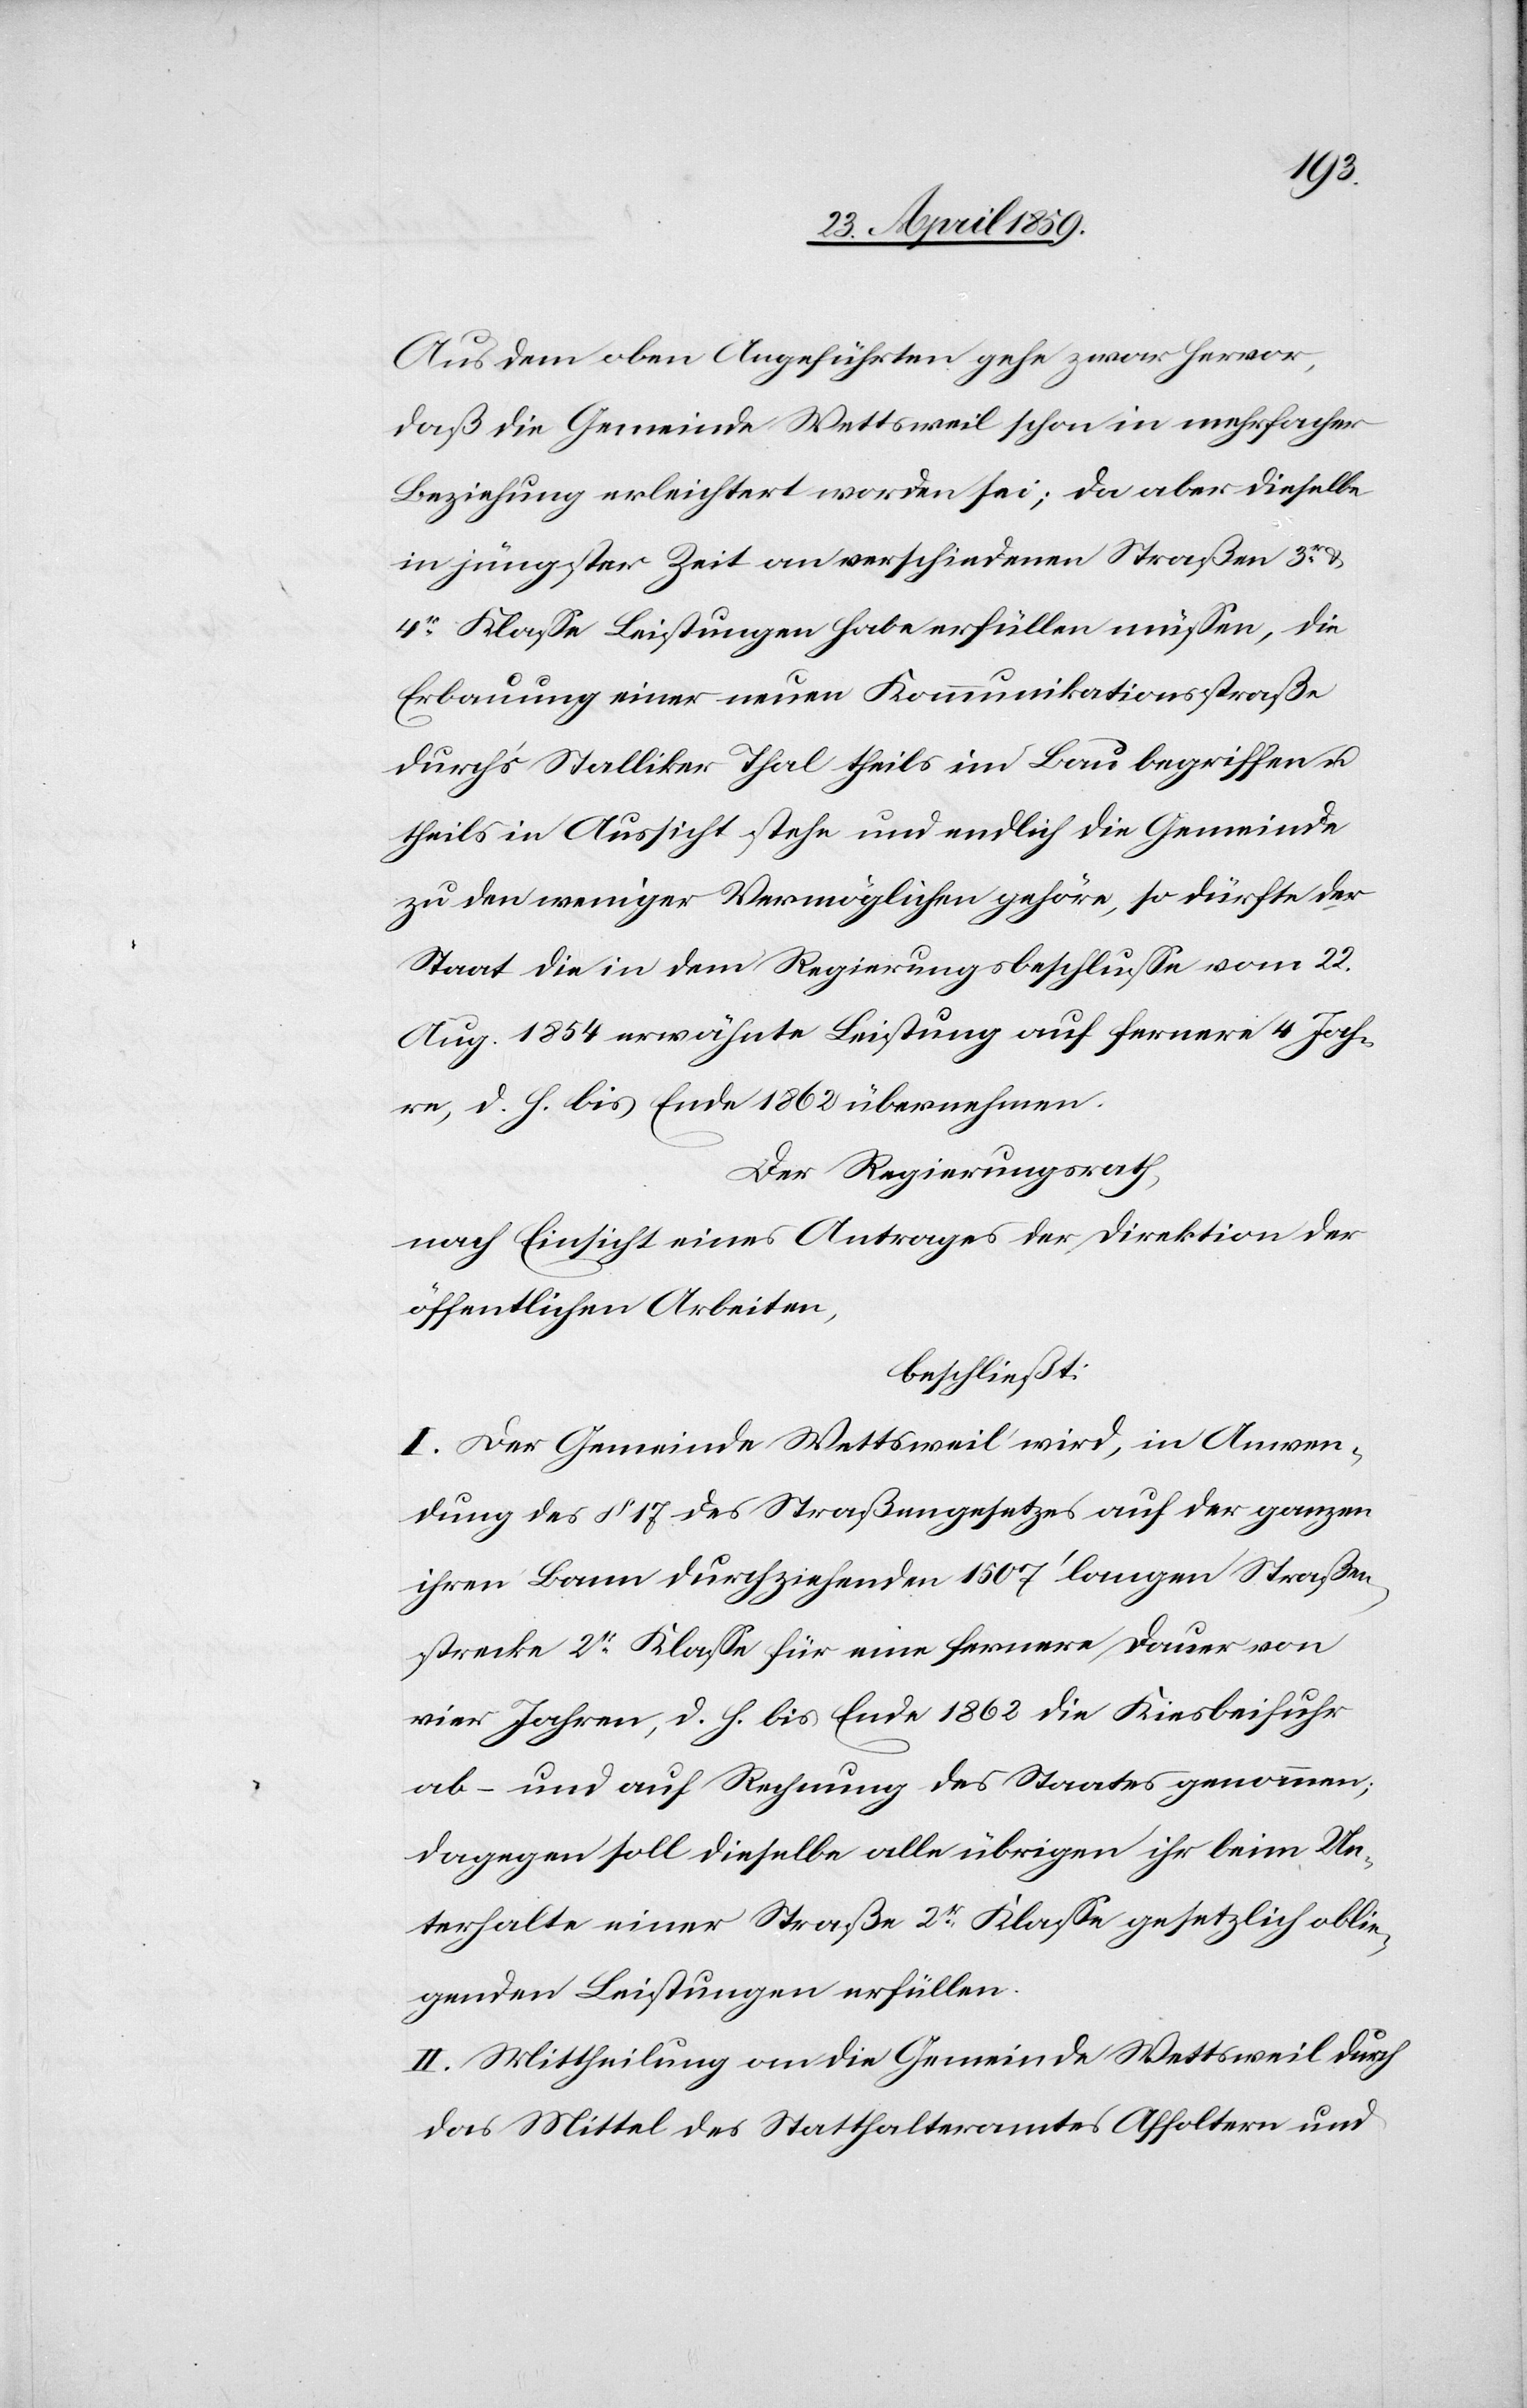
Aus dem oben Angeführten gehe zwar hervor,
daß die Gemeinde Wettsweil schon in mehrfacher
Beziehung erleichtert worden sei; da aber dieselbe
in jüngster Zeit an verschiedenen Straßen 3tr &
4tr Klaße Leistungen habe erfüllen müßen, die
Erbauung einer neuen Kommunikationsstraße
durch’s Stalliker Thal theils im Bau begriffen u.
theils in Aussicht stehe und endlich die Gemeinde
zu den weniger Vermöglichen gehöre, so dürfte der
Staat die in dem Regierungsbeschluße vom 22.
Aug. 1854 erwähnte Leistung auf fernere 4 Jah¬
re, d. h. bis Ende 1862 übernehmen.
Der Regierungsrath,
nach Einsicht eines Antrages der Direktion der
öffentlichen Arbeiten,
beschließt:
I. Der Gemeinde Wettsweil wird, in Anwen¬
dung des § 17 des Straßengesetzes auf der ganzen
ihren Bann durchziehenden 1507‘ langen Straßen¬
strecke 2tr Klaße für eine fernere Dauer von
vier Jahren, d. h. bis Ende 1862 die Kiesbeifuhr
ab- und auf Rechnung des Staates genommen;
dagegen soll dieselbe alle übrigen ihr beim Un¬
terhalte einer Straße 2tr Klaße gesetzlich oblie¬
genden Leistungen erfüllen.
II. Mittheilung an die Gemeinde Wettsweil durch
das Mittel des Statthalteramtes Affoltern und